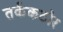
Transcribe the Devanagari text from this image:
तर्ककठोर